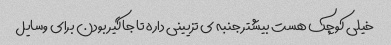
خیلی کوچک هست بیشتر جنبه ی تزیینی داره تا جاگیر بودن برای وسایل